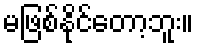
မဖြစ်နိုင်တော့ဘူး။